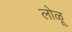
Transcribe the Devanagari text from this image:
लोळू